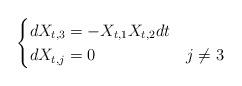
LaTeX: \begin{align*}\begin{cases}dX_{t,3} = -X_{t,1}X_{t,2}dt \\ dX_{t,j} = 0 & j \neq 3\end{cases}\end{align*}